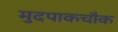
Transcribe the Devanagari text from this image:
मुदपाकचौक